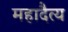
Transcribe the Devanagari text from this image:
महादैत्य